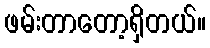
ဖမ်းတာတော့ရှိတယ်။